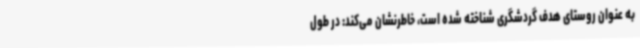
به عنوان روستای هدف گردشگری شناخته شده است، خاطرنشان می‌کند: در طول